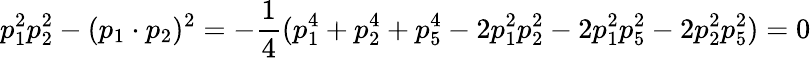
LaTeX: p_{1}^{2}p_{2}^{2}-(p_{1}\cdot p_{2})^{2}=-\frac{1}{4}(p_{1}^{4}+p_{2}^{4}+p_{5}^{4}-2p_{1}^{2}p_{2}^{2}-2p_{1}^{2}p_{5}^{2}-2p_{2}^{2}p_{5}^{2})=0